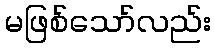
မဖြစ်သော်လည်း